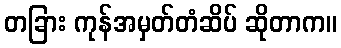
တခြား ကုန်အမှတ်တံဆိပ် ဆိုတာက။